Eesti_Vabariigi_Tartu_Ulikool, lk 96
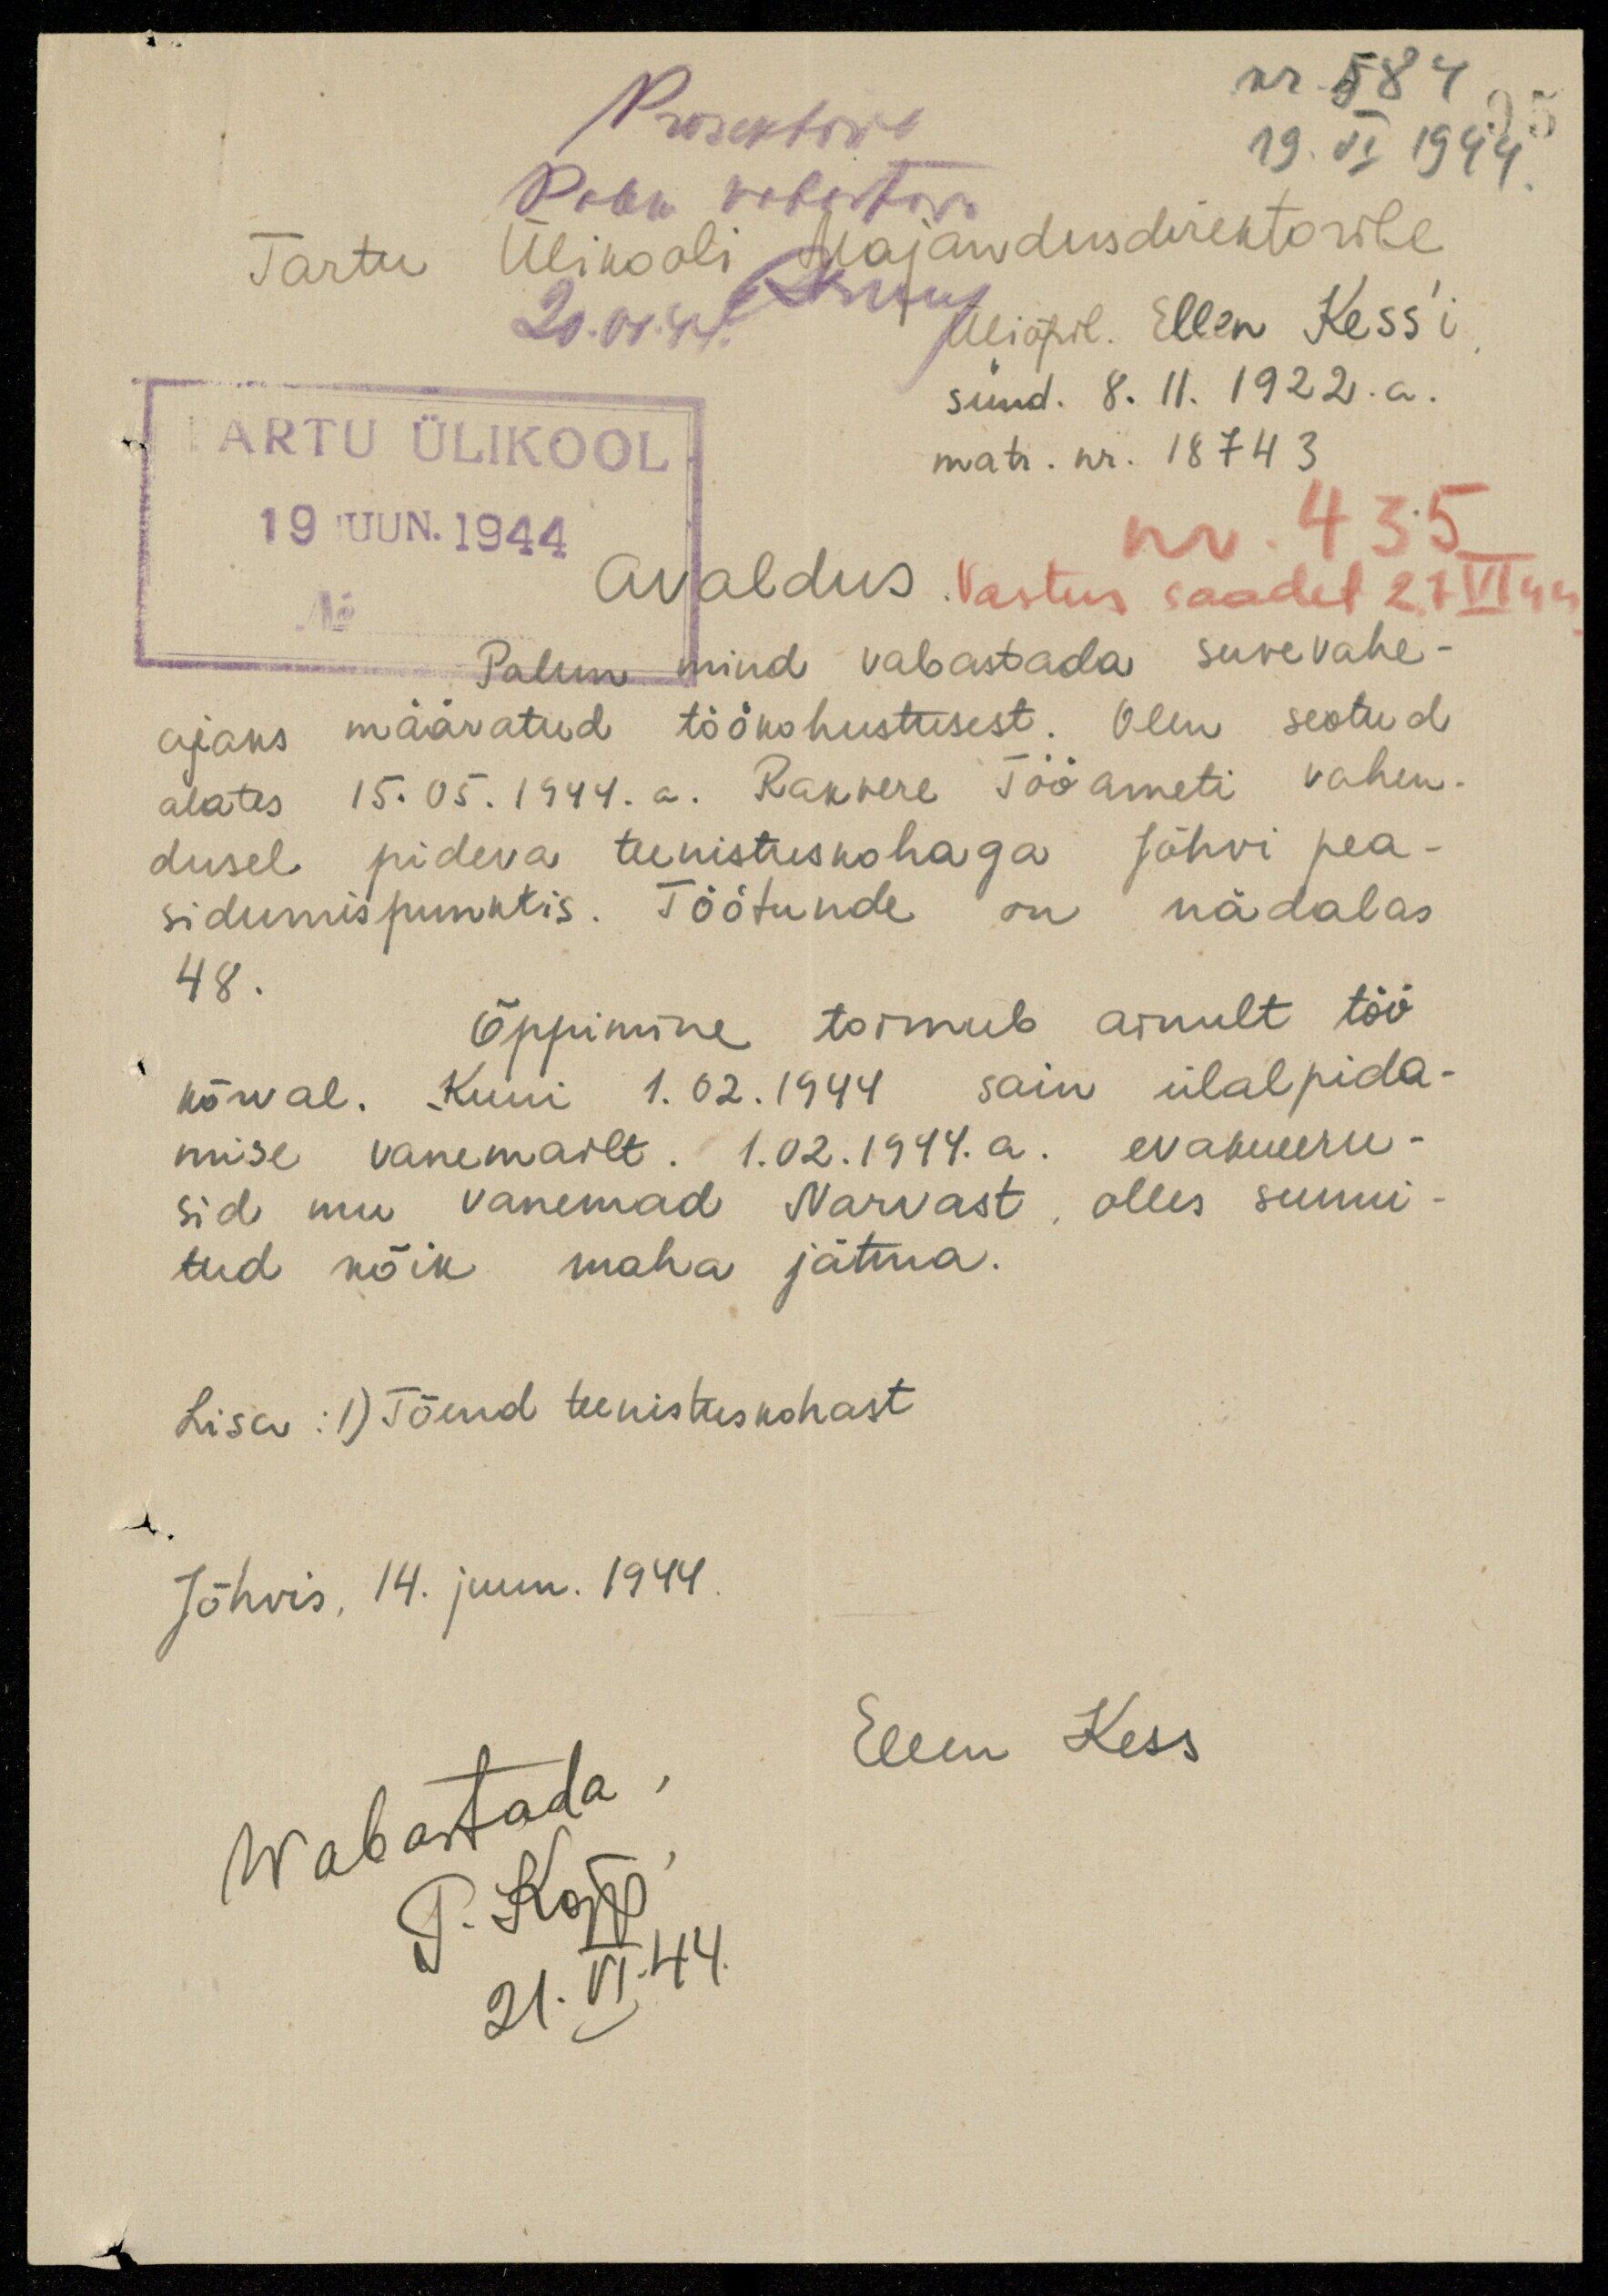
nr. 584
19. VI 1944
Prorektorile
Palun  vabastada
Tartu Ülikooli Majandusdirektorile
üliõpil. Ellen Kess'i
sünd. 8. 11. 1922.a.
matr. nr. 18743
TARTU ÜLIKOOL
19 juun.1944
No:
nr. 435
Avaldus Vastus saadet 27 VI 44
Palun mind vabastada suvevahe-
ajaks määratud töökohustusest. Olen seotud
alates 15.05.1944.a. Rakvere Tööameti vahen-
dusel pideva teenistuskohaga Jõhvi pea-
sidumispunktis. Töötunde on nädalas
48.
õppimine toimub ainult töö
kõrval. Kuni 1.02.1944 sain ülalpida-
mise vanemailt. 1.02.1944.a. evakueeru-
sid mu vanemad Narvast, olles sunni-
tud kõik maha jätma.
Lisa: 1) Tõend teenistuskohast
Jõhvis, 14. juun. 1944.
Ellen Kess
wabastada
P. Kõpp
21.VI.44.